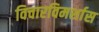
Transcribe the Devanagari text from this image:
विचारविमर्शास